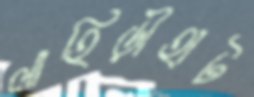
লাহিড়ীহাট